Indian journal of veterinary science and animal husbandry - Volume 13,
Year: 1943
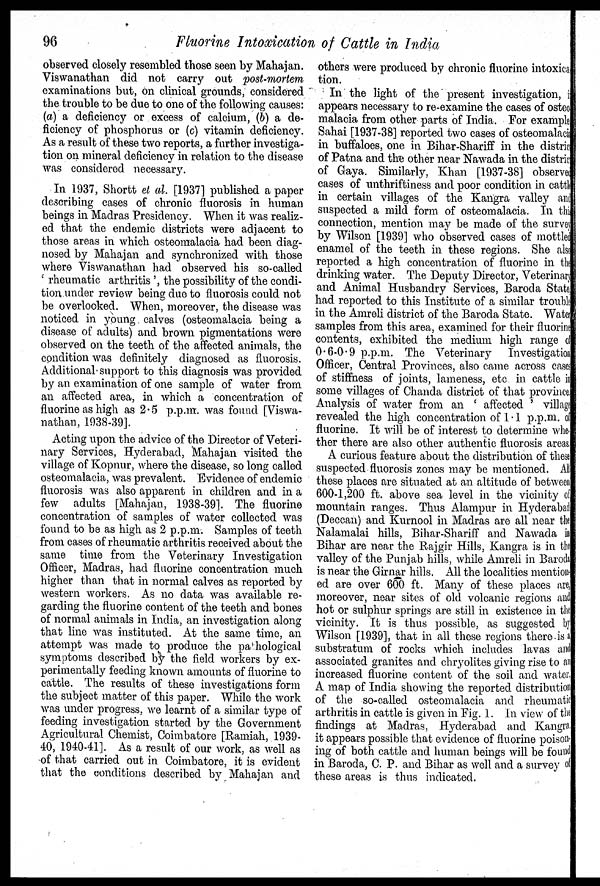
96
Fluorine Intoxication of Cattle in India
observed closely resembled those seen by Mahajan.
Viswanathan did not carry out post-mortem
examinations but, on clinical grounds, considered
the trouble to be due to one of the following causes:
(a) a deficiency or excess of calcium, (b) a de-
ficiency of phosphorus or (c) vitamin deficiency.
As a result of these two reports, a further investiga-
tion on mineral deficiency in relation to the disease
was considered necessary.
In 1937, Shortt et al. [1937] published a paper
describing cases of chronic fluorosis in human
beings in Madras Presidency. When it was realiz-
ed that the endemic districts were adjacent to
those areas in which osteomalacia had been diag-
nosed by Mahajan and synchronized with those
where Viswanathan had observed his so-called
' rheumatic arthritis ', the possibility of the condi-
tion under review being due to fluorosis could not
be overlooked. When, moreover, the disease was
noticed in young calves (osteomalacia being a
disease of adults) and brown pigmentations were
observed on the teeth of the affected animals, the
condition was definitely diagnosed as fluorosis.
Additional support to this diagnosis was provided
by an examination of one sample of water from
an affected area, in which a concentration of
fluorine as high as 2.5 p.p.m. was found [Viswa-
nathan, 1938-39].
Acting upon the advice of the Director of Veteri-
nary Services, Hyderabad, Mahajan visited the
village of Kopnur, where the disease, so long called
osteomalacia, was prevalent. Evidence of endemic
fluorosis was also apparent in children and in a
few adults [Mahajan, 1938-39]. The fluorine
concentration of samples of water collected was
found to be as high as 2 p.p.m. Samples of teeth
from cases of rheumatic arthritis received about the
same time from the Veterinary Investigation
Officer, Madras, had fluorine concentration much
higher than that in normal calves as reported by
western workers. As no data was available re-
garding the fluorine content of the teeth and bones
of normal animals in India, an investigation along
that line was instituted. At the same time, an
attempt was made to produce the pathological
symptoms described by the field workers by ex-
perimentally feeding known amounts of fluorine to
cattle. The results of these investigations form
the subject matter of this paper. While the work
was under progress, we learnt of a similar type of
feeding investigation started by the Government
Agricultural Chemist, Coimbatore [Ramiah, 1939-
40, 1940-41]. As a result of our work, as well as
of that carried out in Coimbatore, it is evident
that the conditions described by Mahajan and
others were produced by chronic fluorine intoxica¬
tion.
In the light of the present investigation, it
appears necessary to re-examine the cases of osteo-
malacia from other parts of India. For example
Sahai [1937-38] reported two cases of osteomalacia
in buffaloes, one in Bihar-Shariff in the district
of Patna and the other near Nawada in the district
of Gaya. Similarly, Khan [1937-38] observed
cases of unthriftiness and poor condition in cattle
in certain villages of the Kangra valley and
suspected a mild form of osteomalacia. In this
connection, mention may be made of the survey
by Wilson [1939] who observed cases of mottled
enamel of the teeth in these regions. She also
reported a high concentration of fluorine in the
drinking water. The Deputy Director, Veterinary
and Animal Husbandry Services, Baroda State
had reported to this Institute of a similar trouble
in the Amreli district of the Baroda State. Water
samples from this area, examined for their fluorine
contents, exhibited the medium high range of
0.6-0.9 p.p.m. The Veterinary Investigation
Officer, Central Provinces, also came across cases
of stiffness of joints, lameness, etc in cattle in
some villages of Chanda district of that province.
Analysis of water from an ' affected ' village
revealed the high concentration of 1.1 p.p.m. of
fluorine. It will be of interest to determine whe-
ther there are also other authentic fluorosis areas
A curious feature about the distribution of these
suspected fluorosis zones may be mentioned. All
these places are situated at an altitude of between
600-1,200 ft. above sea level in the vicinity of
mountain ranges. Thus Alampur in Hyderabad
(Deccan) and Kurnool in Madras are all near the
Nalamalai hills, Bihar-Shariff and Nawada in
Bihar are near the Rajgir Hills, Kangra is in the
valley of the Punjab hills, while Amreli in Baroda
is near the Girnar hills. All the localities mention¬
ed are over 600 ft. Many of these places are
moreover, near sites of old volcanic regions and
hot or sulphur springs are still in existence in the
vicinity. It is thus possible, as suggested by
Wilson [1939], that in all these regions there is a
substratum of rocks which includes lavas and
associated granites and chryolites giving rise to an
increased fluorine content of the soil and water
A map of India showing the reported distribution
of the so-called osteomalacia and rheumatic
arthritis in cattle is given in Fig. 1. In view of the
findings at Madras, Hyderabad and Kangra
it appears possible that evidence of fluorine poison-
ing of both cattle and human beings will be found
in Baroda, C. P. and Bihar as well and a survey of
these areas is thus indicated.